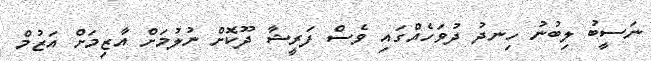
ނަސީބު ލިބުނު ހިނދު ދުވަހެއްގައި ވެސް ފަރީޝާ ދޫކޮށް ނުލުމަށް އާޒިމަށް އަޒުމް